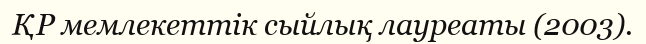
ҚР мемлекеттік сыйлық лауреаты (2003).